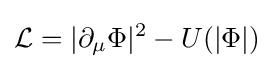
{\mathcal {L}}=|\partial _{\mu }\Phi |^{2}-U(|\Phi |)